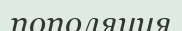
пополяция